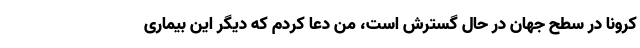
کرونا در سطح جهان در حال گسترش است، من دعا کردم که دیگر این بیماری